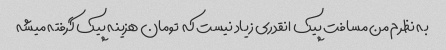
به نظرم من مسافت پیک انقدری زیاد نیست که  تومان هزینه پیک گرفته میشه